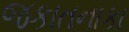
જકાતનાકા